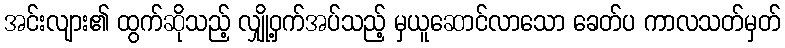
အင်းလျား၏ ထွက်ဆိုသည့် လျှို့ဝှက်အပ်သည့် မှယူဆောင်လာသော ခေတ်ပ ကာလသတ်မှတ်